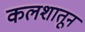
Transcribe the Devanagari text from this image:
कलशातून